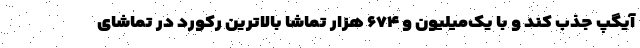
آیگپ جذب کند و با یک‌میلیون و ۶٧۴ هزار تماشا بالاترین رکورد در تماشای